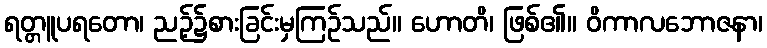
ရတ္တူပရတော၊ ညဉ့်၌စားခြင်းမှကြဉ်သည်။ ဟောတိ၊ ဖြစ်၏။ ဝိကာလဘောဇနာ၊